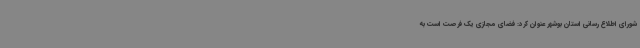
شورای اطلاع رسانی استان بوشهر عنوان کرد: فضای مجازی یک فرصت است به